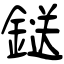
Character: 鎹